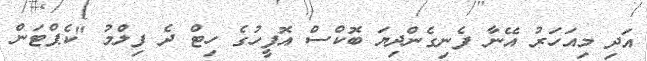
އަދި މިއަހަރު އޭނާ ފެނިގެންދިޔަ ބޮކްސް އޮފީހުގެ ހިޓް ދެ ފިލްމު "ކެޕްޓަން